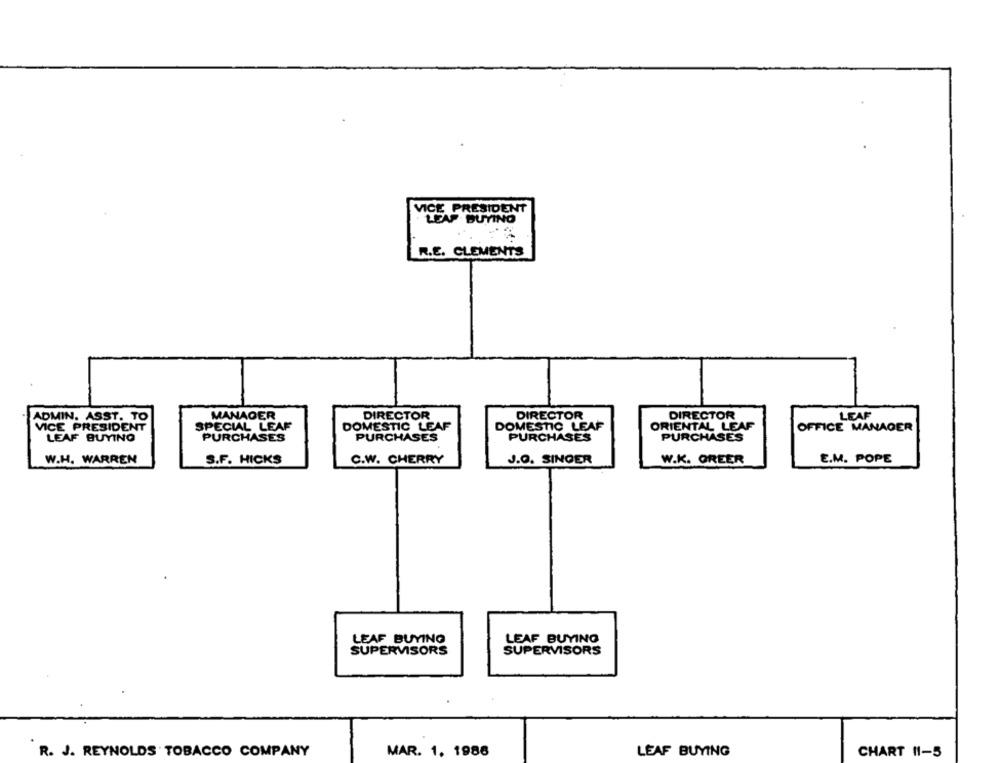
VICE PRESIDENT
R.E. CLEMENTS
MANAGER
DIRECTOR
DIRECTOR
DIRECTOR
LEAF
ADMIN, ASST. TO
VICE PRESIDENT
SPECIAL LEAF
DOMESTIC LEAF
DOMESTIC LEAF
ORIENTAL LEAF
OFFICE MANAGER
LEAF BUYING
PURCHASES
PURCHASES
PURCHASES
PURCHASES
E.M. POPE
W.H. WARREN
S.F. HICKS
C.W. CHERRY
J.O. SINGER
W.K. OREER
LEAF BUYING
LEAF BUYING
SUPERVISORS
SUPERVISORS
R. J. REYNOLDS TOBACCO COMPANY
MAR. 1. 1986
LEAF BUYING
CHART 11-5